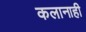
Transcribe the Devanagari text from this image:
कलानाही